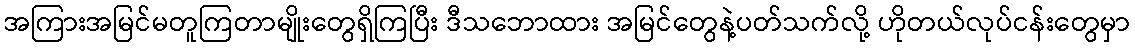
အကြားအမြင်မတူကြတာမျိုးတွေရှိကြပြီး ဒီသဘောထား အမြင်တွေနဲ့ပတ်သက်လို့ ဟိုတယ်လုပ်ငန်းတွေမှာ